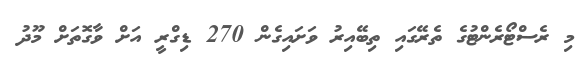
މި ރެސްޓޯރެންޓުގެ ތެރޭގައި ތިބޭއިރު ވަށައިގެން 270 ޑިގްރީ އަށް ވާގޮތަށް މޫދު